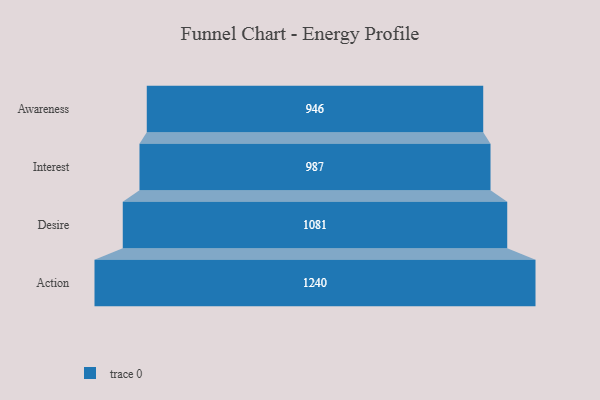
{"axis": {"x": "Stage", "y": "Value"}, "legend": [""], "data": [{"x": "Awareness", "y": 946.0, "type": ""}, {"x": "Interest", "y": 987.0, "type": ""}, {"x": "Desire", "y": 1081.0, "type": ""}, {"x": "Action", "y": 1240.0, "type": ""}]}